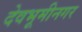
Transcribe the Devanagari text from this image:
देवभूमीनगर